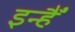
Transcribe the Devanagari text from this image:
इन्हैँ